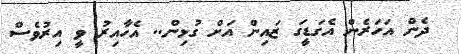
ދެން އަހަރެން އެގަޑީގަ ޒައިން އަށް ގުޅިން.. އެހާއިރު ވީ އިރުވެސް